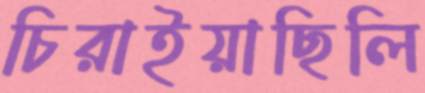
চিরাইয়াছিলি